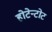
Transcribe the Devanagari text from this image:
होटेन्टोट